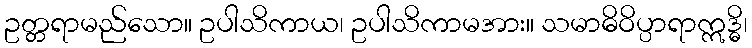
ဥတ္တရာမည်သော။ ဥပါသိကာယ၊ ဥပါသိကာမအား။ သမာဓိဝိပ္ပာရာဣဒ္ဓိ၊